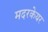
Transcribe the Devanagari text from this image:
मदरकेयर